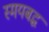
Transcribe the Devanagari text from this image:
स्मयबद्ध